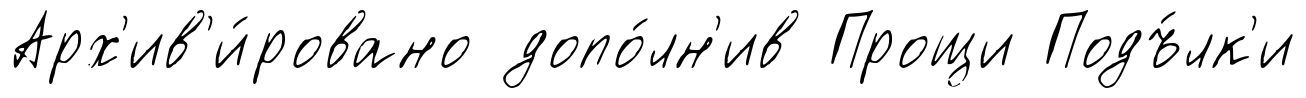
Арх'ив'и́ровано допо́лн'ив Прощи Подъ́лк'и